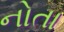
નોતા